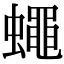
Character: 蠅